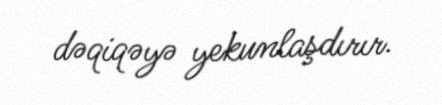
dəqiqəyə yekunlaşdırır.